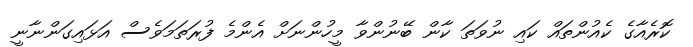
ކޮރެއާގެ ކެއުންތައް ކައި ނުވަތަ ކާން ބޭނުންވާ މީހުންނަށް އެންމެ ފުރަތަމަވެސް އަޅައިގަންނާނީ